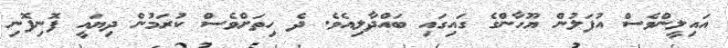
އައިލީންވެސް އުފަލުން ޔޫހާންގެ ގައިގައި ބައްދާލިއެވެ. ދެ ހިތަށްވެސް ކުރަމުން ދިޔައީ ފޮނިފޮނި